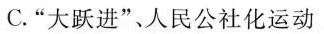
C.”大跃进”、人民公社化运动